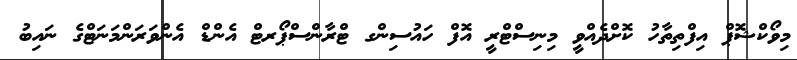
މިވޯކްޝޮޕް އިފްތިތާހު ކޮށްދެއްވީ މިނިސްޓްރީ އޮފް ހައުސިންގ ޓްރާންސްޕޯރޓް އެންޑް އެންވަރަންމަނަޓްގެ ނައިބު